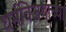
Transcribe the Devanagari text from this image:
धर्मविजयाच्या